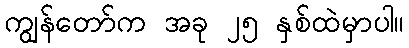
ကျွန်တော်က အခု ၂၅ နှစ်ထဲမှာပါ။